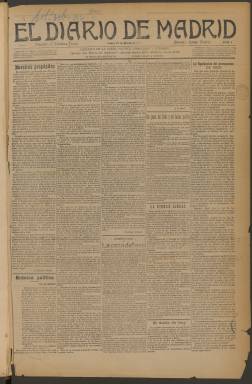
Título: Diario de Madrid (Madrid. 1910)
Colección: Periódicos
Ámbito geográfico: Madrid
Lugar de publicación: Madrid
Fechas: 14/03/1910-30/07/1910